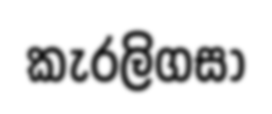
කැරලිගසා